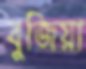
বুজিয়া